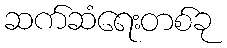
ဆက်ဆံရေးတစ်ခု